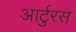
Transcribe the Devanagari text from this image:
आर्टुरस